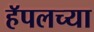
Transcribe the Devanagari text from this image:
हॅपलच्या